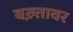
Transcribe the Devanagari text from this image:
बख़्तावर